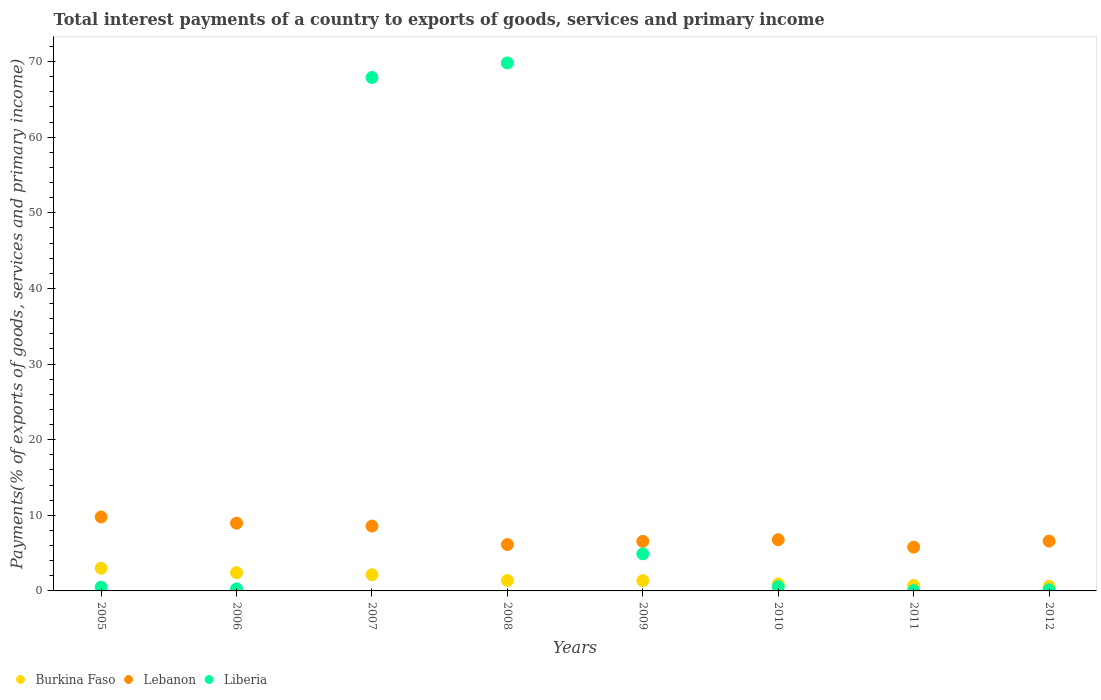
| Years | Burkina Faso | Lebanon | Liberia |
 | --- | --- | --- | --- |
 | 2005 | 3 | 9.78 | 0.502 |
 | 2006 | 2.41 | 8.96 | 0.267 |
 | 2007 | 2.14 | 8.58 | 67.9 |
 | 2008 | 1.39 | 6.13 | 69.8 |
 | 2009 | 1.36 | 6.55 | 4.9 |
 | 2010 | 0.913 | 6.77 | 0.558 |
 | 2011 | 0.72 | 5.79 | 0.0485 |
 | 2012 | 0.603 | 6.59 | 0.16 |